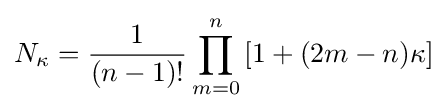
N_{\kappa }={\frac {1}{(n-1)!}}\prod _{m=0}^{n}\left[1+(2m-n)\kappa \right]